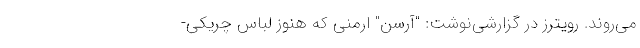
می‌روند. رویترز در گزارشی‌نوشت: "آرسن" ارمنی که هنوز لباس چریکی-